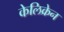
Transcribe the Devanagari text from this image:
केलिक्रेन